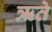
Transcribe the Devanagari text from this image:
ऋते